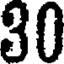
30